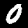
Label: 0